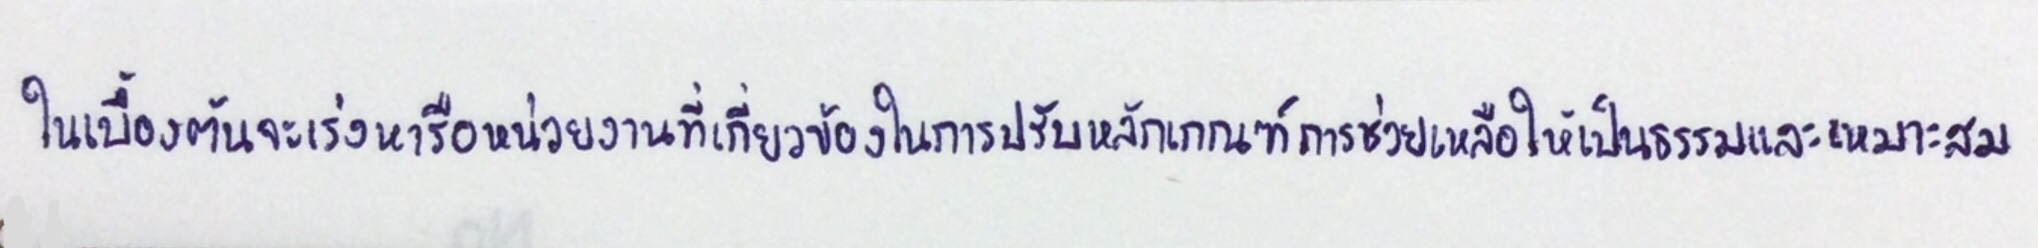
ในเบื้องต้นจะเร่งหารือหน่วยงานที่เกี่ยวข้องในการปรับหลักเกณฑ์การช่วยเหลือให้เป็นธรรมและเหมาะสม